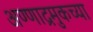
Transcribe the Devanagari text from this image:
अण्णाद्रमुकच्या